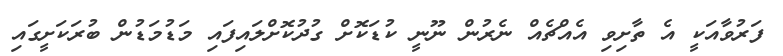
ފަރުވާއަކީ އެ ތާށިވި އެއްޗެއް ނެރުން ނޫނީ ކުޑަކޮށް ގުދުކޮށްލައިފައި މަޑުމަޑުން ބުރަކަށީގައި